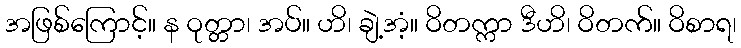
အဖြစ်ကြောင့်။ န ဝုတ္တာ၊ အပ်။ ဟိ၊ ချဲ့အံ့။ ဝိတက္ကာ ဒီဟိ၊ ဝိတက်။ ဝိစာရ၊